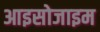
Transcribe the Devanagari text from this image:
आइसोजाइम